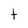
Character: t